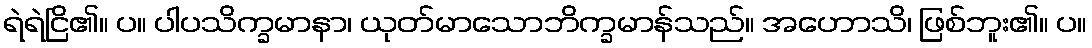
ရဲရဲငြိ၏။ ပ။ ပါပသိက္ခမာနာ၊ ယုတ်မာသောဘိက္ခမာန်သည်။ အဟောသိ၊ ဖြစ်ဘူး၏။ ပ။